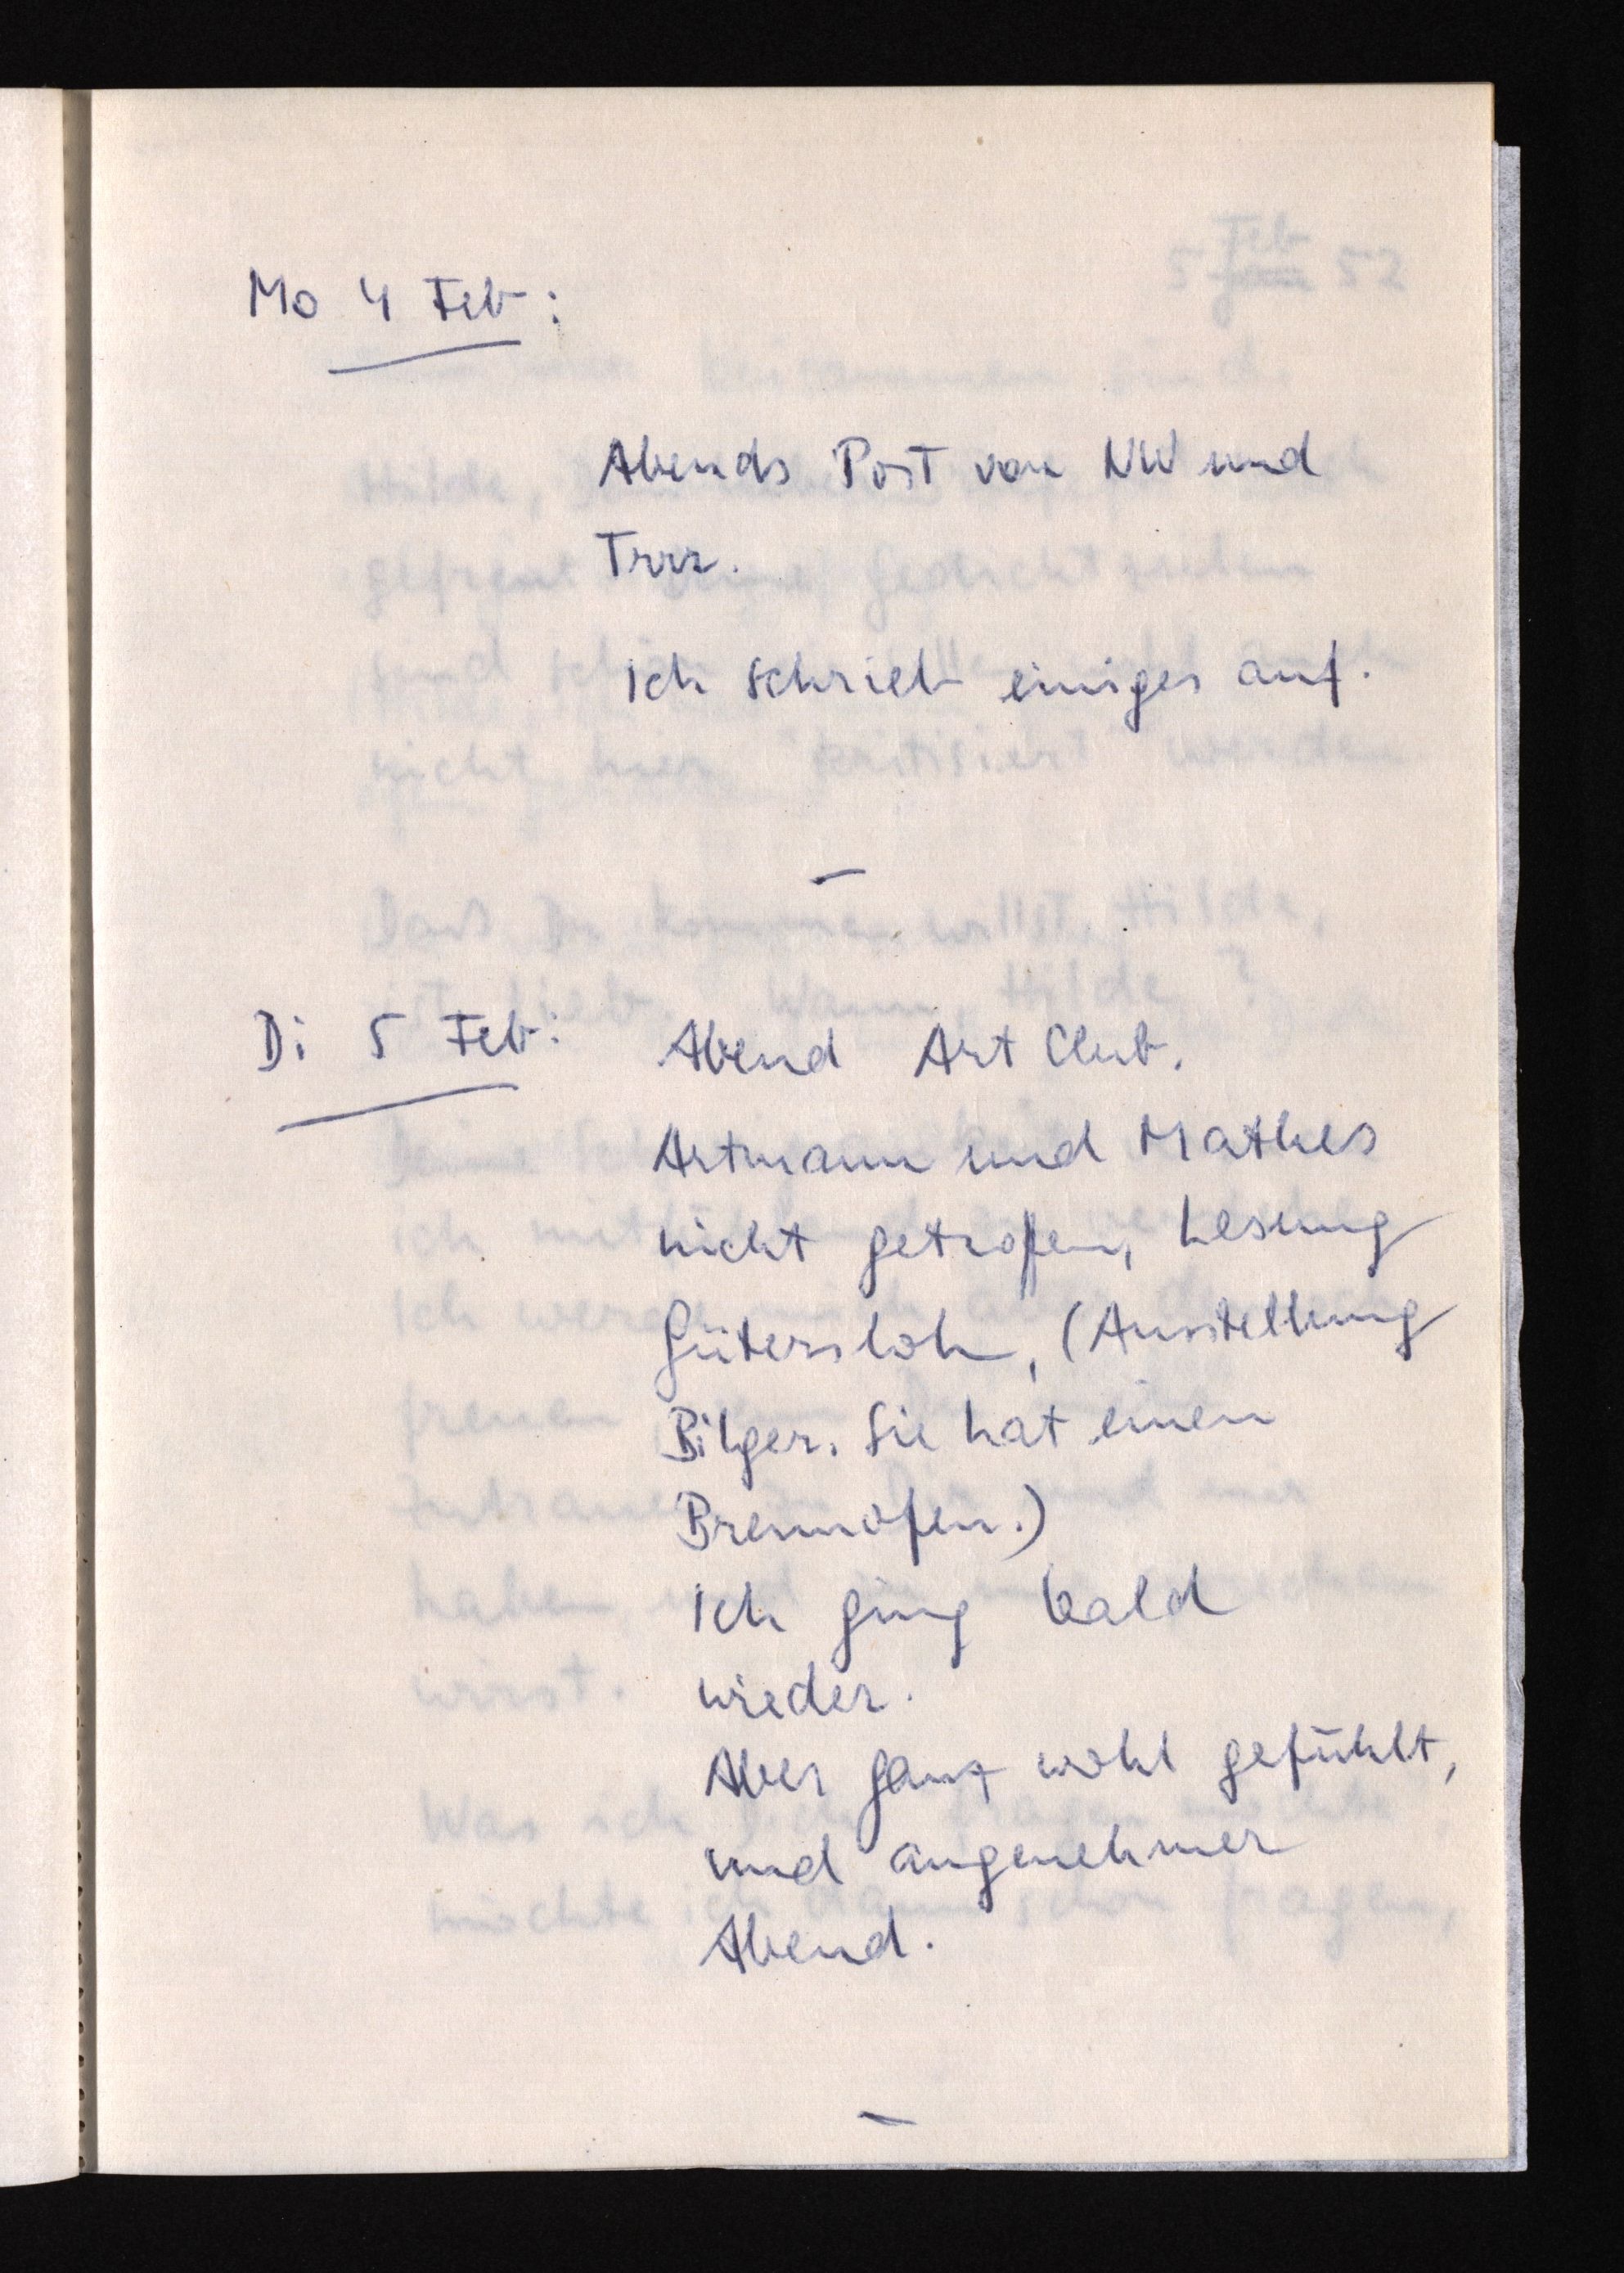
Mo 4 Feb:
Abends Post von NW und
Trrr.
Ich schrieb einiges auf.
Di 5 Feb:
Abend Art Club.
Artmann und Mathes
nicht getroffen, Lesung
Gütersloh, (Ausstellung
Bilger. Sie hat einen
Brennofen.)
Ich ging bald
wieder.
Aber ganz wohl gefühlt,
und angenehmer
Abend.